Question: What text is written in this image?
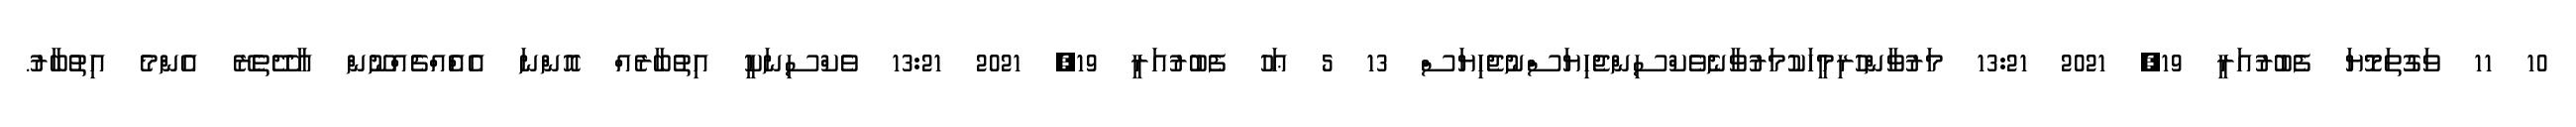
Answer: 10 11 ވަގުތަމޮޔަ ފެބުރުއަރީ 19, 2021 13:21 މަރުވާންހުރިމީހަކުމަރުވާނެވެކްސިންޖެހިޔަސްނުޖެހިޔަސް 13 5 ޢަހު ފެބުރުއަރީ 19, 2021 13:21 ވެކްސިނަކީ އިތުބާރެއް އޮންނަ އެއްެއްޗެއްނޫން އާދޭތެރޭ އެންމެ އިތުބާރު.